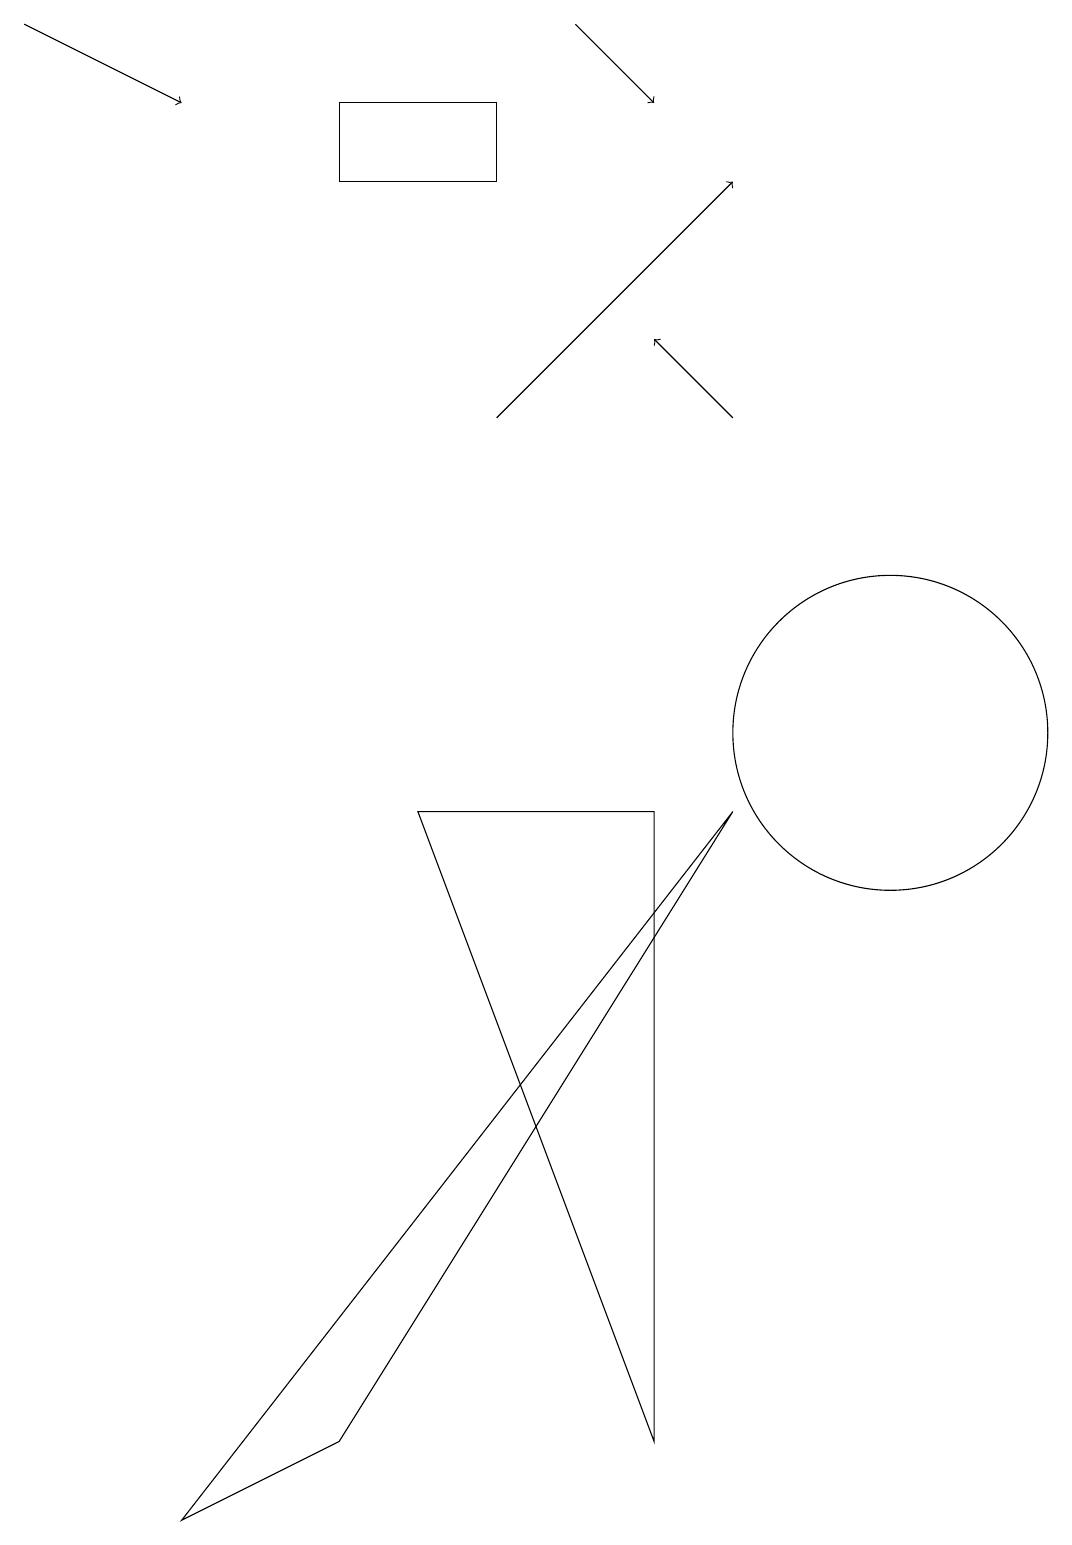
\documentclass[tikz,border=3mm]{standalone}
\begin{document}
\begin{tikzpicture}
\draw (11,10) circle (2);
\draw[->] (6,14) -- (9,17);
\draw[->] (0,19) -- (2,18);
\draw (4,1) -- (2,0) -- (9,9) -- cycle;
\draw[->] (7,19) -- (8,18);
\draw (8,1) -- (8,9) -- (5,9) -- cycle;
\draw[->] (9,14) -- (8,15);
\draw (6,17) rectangle (4,18);
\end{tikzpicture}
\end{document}